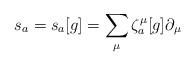
LaTeX: \begin{align*} s_a = s_a[g] = \sum_{\mu} \zeta^{\mu}_a[g] \partial_{\mu} \end{align*}